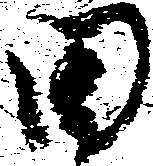
田